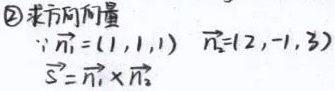
\textcircled{2}求方向向量
\(\because\vec{n_1}=(1,1,1)\)，\(\vec{n_2}=(2, - 1,3)\)，\(\vec{S}=\vec{n_1}\times\vec{n_2}\)